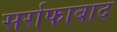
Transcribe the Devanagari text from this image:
सर्राफाबाद